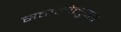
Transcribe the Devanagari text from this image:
सत्तालोलुपता